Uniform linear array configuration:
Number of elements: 4
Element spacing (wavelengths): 0.5
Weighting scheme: kaiser
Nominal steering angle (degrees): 30
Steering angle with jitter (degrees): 30.044
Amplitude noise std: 0.05
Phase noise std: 0.05

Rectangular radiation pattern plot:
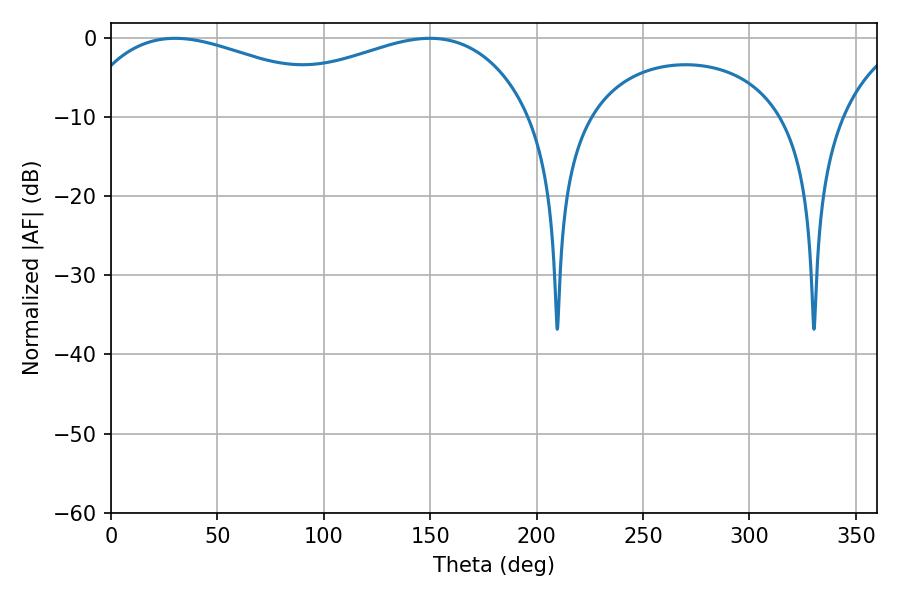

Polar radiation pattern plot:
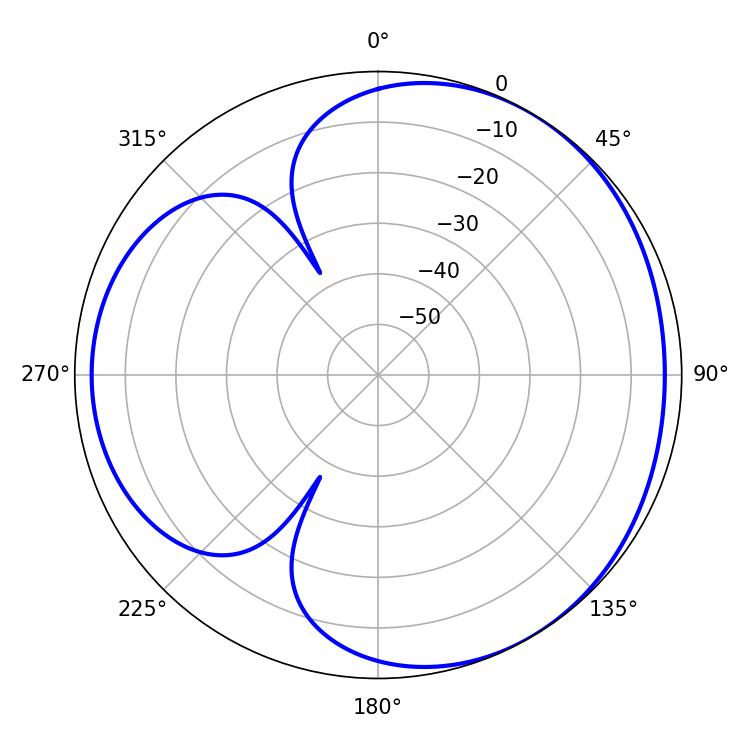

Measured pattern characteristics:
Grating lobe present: FALSE
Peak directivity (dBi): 3.504
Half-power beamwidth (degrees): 75.78
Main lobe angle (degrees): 30.06